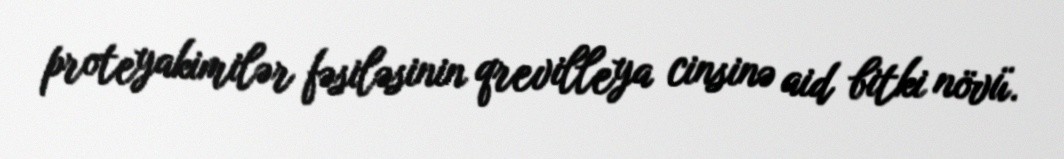
proteyakimilər fəsiləsinin qrevilleya cinsinə aid bitki növü.